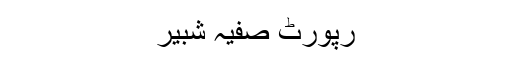
رپورٹ صفیہ شبیر